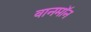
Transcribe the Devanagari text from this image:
वानमॉन